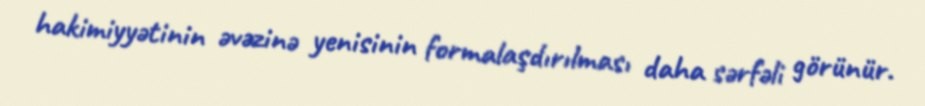
hakimiyyətinin əvəzinə yenisinin formalaşdırılması daha sərfəli görünür.